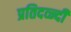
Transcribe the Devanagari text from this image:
प्रतिदव्न्दी